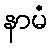
နာမံ